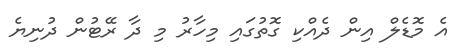
އެ މޮޑެލް އިން ދެއްކި ގޮތުގައި މިހާރު މި ދާ ރޭޓުން ދުނިޔެ